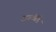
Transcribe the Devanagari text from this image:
राजबिंडे